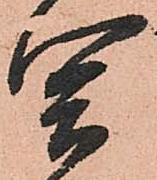
閤